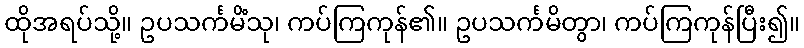
ထိုအရပ်သို့။ ဥပသင်္ကမိံသု၊ ကပ်ကြကုန်၏။ ဥပသင်္ကမိတွာ၊ ကပ်ကြကုန်ပြီး၍။